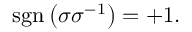
\operatorname { s g n } \left( \sigma \sigma ^ { - 1 } \right) = + 1 .